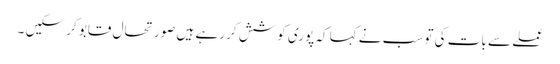
عملے سے بات کی تو سب نے کہا کہ پوری کوشش کر رہے ہیں صورتحال قابو کر سکیں ۔